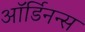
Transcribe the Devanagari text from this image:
ऑर्डिनन्स